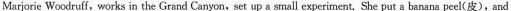
Marjorie Woodruff,works in the Grand Canyon,set up a small experiment. She put a banana peel(皮),and